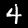
Digit: 4